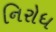
નિરોધ